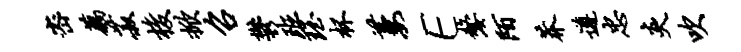
密藕菽梭掀召郁班珏杯萋E嫠陌莽遵忠炎吹